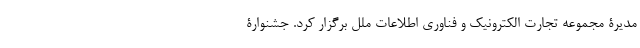
مدیرۀ مجموعه تجارت الکترونیک و فناوری اطلاعات ملل برگزار کرد. جشنوارۀ